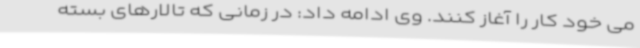
می خود کار را آغاز کنند. وی ادامه داد: در زمانی که تالارهای بسته